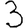
Digit: 3